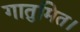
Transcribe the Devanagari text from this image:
गातुमित।